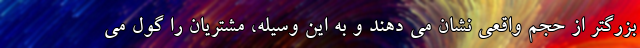
بزرگتر از حجم واقعی نشان می دهند و به این وسیله، مشتریان را گول می